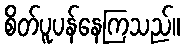
စိတ်ပူပန်နေကြသည်။